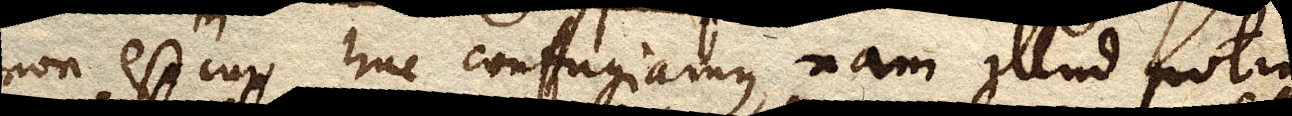
non est cur huc confugiamus, nam illud potius